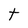
Character: t